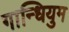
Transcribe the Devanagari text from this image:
गान्धियुम